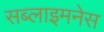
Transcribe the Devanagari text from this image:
सब्लाइमनेस